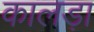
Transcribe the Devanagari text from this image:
कालड़ा